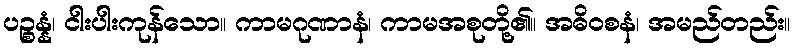
ပဉ္စန္နံ၊ ငါးပါးကုန်သော။ ကာမဂုဏာနံ၊ ကာမအစုတို့၏။ အဓိဝစနံ၊ အမည်တည်း။